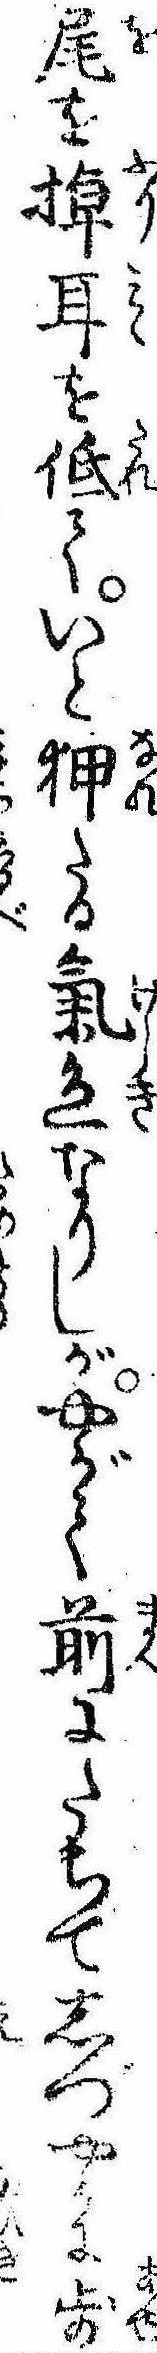
尾を掉耳を低ていと狎たる気色なりしがやがて前にたちてしづやかに歩